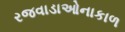
રજવાડાઓનાકાળ